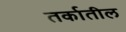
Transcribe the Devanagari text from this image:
तर्कातील